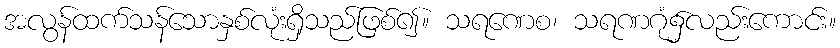
အလွန်ထက်သန်သောနှစ်လုံးရှိသည်ဖြစ်၍။ သရဏေစ၊ သရဏဂုံ၌လည်းကောင်း။